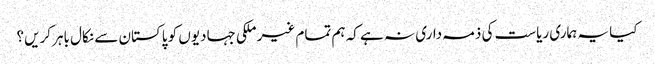
کیا یہ ہماری ریاست کی ذمہ داری نہ ہے کہ ہم تمام غیر ملکی جہادیوں کو پاکستان سے نکال باہر کریں؟